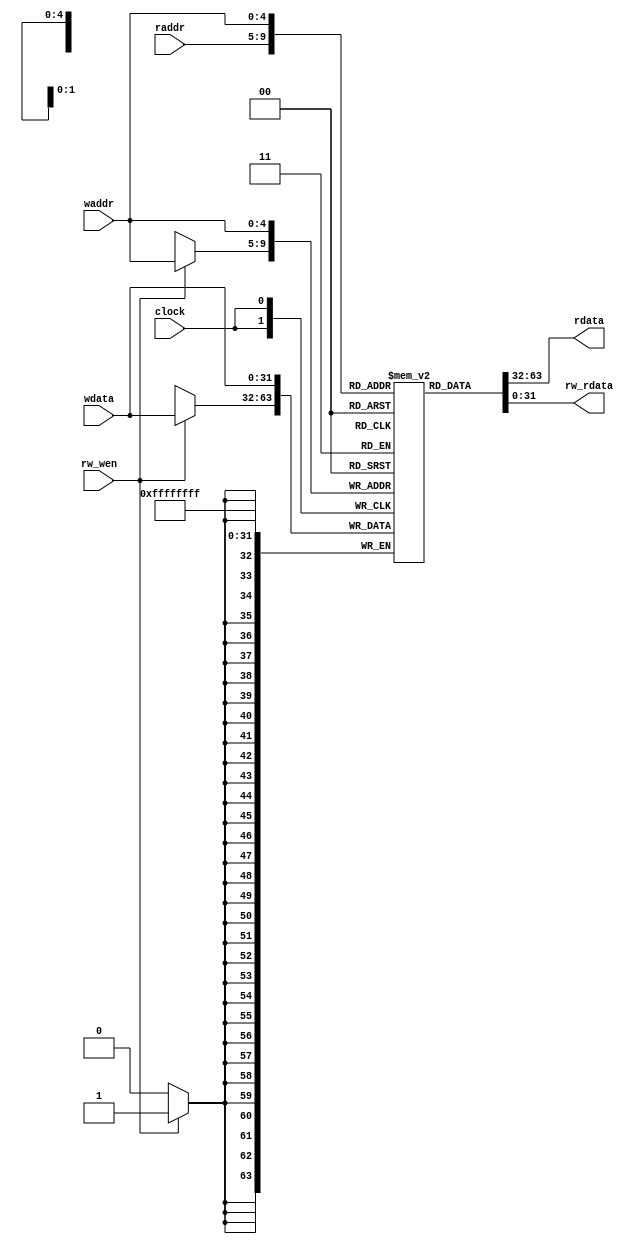
module ReadwriterTester(
  input         clock,
  input  [4:0]  waddr,
  input  [31:0] wdata,
  input  [4:0]  raddr,
  input         rw_wen,
  output [31:0] rdata,
  output [31:0] rw_rdata
);
`ifdef RANDOMIZE_MEM_INIT
  reg [31:0] _RAND_0;
`endif // RANDOMIZE_MEM_INIT
  reg [31:0] m [0:31];
  wire  m_read_en;
  wire [4:0] m_read_addr;
  wire [31:0] m_read_data;
  wire  m_rw_r_en;
  wire [4:0] m_rw_r_addr;
  wire [31:0] m_rw_r_data;
  wire [31:0] m_write_data;
  wire [4:0] m_write_addr;
  wire  m_write_mask;
  wire  m_write_en;
  wire [31:0] m_rw_w_data;
  wire [4:0] m_rw_w_addr;
  wire  m_rw_w_mask;
  wire  m_rw_w_en;
  assign m_read_en = 1'h1;
  assign m_read_addr = raddr;
  assign m_read_data = m[m_read_addr];
  assign m_rw_r_en = ~rw_wen;
  assign m_rw_r_addr = waddr;
  assign m_rw_r_data = m[m_rw_r_addr];
  assign m_write_data = wdata;
  assign m_write_addr = waddr;
  assign m_write_mask = 1'h1;
  assign m_write_en = 1'h1;
  assign m_rw_w_data = wdata;
  assign m_rw_w_addr = waddr;
  assign m_rw_w_mask = 1'h1;
  assign m_rw_w_en = rw_wen;
  assign rdata = m_read_data;
  assign rw_rdata = m_rw_r_data;
  always @(posedge clock) begin
    if (m_write_en & m_write_mask) begin
      m[m_write_addr] <= m_write_data;
    end
    if (m_rw_w_en & m_rw_w_mask) begin
      m[m_rw_w_addr] <= m_rw_w_data;
    end
  end
// Register and memory initialization
`ifdef RANDOMIZE_GARBAGE_ASSIGN
`define RANDOMIZE
`endif
`ifdef RANDOMIZE_INVALID_ASSIGN
`define RANDOMIZE
`endif
`ifdef RANDOMIZE_REG_INIT
`define RANDOMIZE
`endif
`ifdef RANDOMIZE_MEM_INIT
`define RANDOMIZE
`endif
`ifndef RANDOM
`define RANDOM $random
`endif
`ifdef RANDOMIZE_MEM_INIT
  integer initvar;
`endif
`ifndef SYNTHESIS
`ifdef FIRRTL_BEFORE_INITIAL
`FIRRTL_BEFORE_INITIAL
`endif
initial begin
  `ifdef RANDOMIZE
    `ifdef INIT_RANDOM
      `INIT_RANDOM
    `endif
    `ifndef VERILATOR
      `ifdef RANDOMIZE_DELAY
        #`RANDOMIZE_DELAY begin end
      `else
        #0.002 begin end
      `endif
    `endif
`ifdef RANDOMIZE_MEM_INIT
  _RAND_0 = {1{`RANDOM}};
  for (initvar = 0; initvar < 32; initvar = initvar+1)
    m[initvar] = _RAND_0[31:0];
`endif // RANDOMIZE_MEM_INIT
  `endif // RANDOMIZE
end // initial
`ifdef FIRRTL_AFTER_INITIAL
`FIRRTL_AFTER_INITIAL
`endif
`endif // SYNTHESIS
endmodule